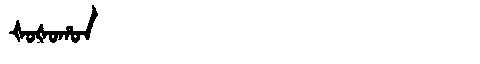
Manchu: ᡧᠣᡧᠣᡥᠣᠨ
Romanization: ŠOŠOHON